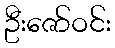
ဦးဇော်ဝင်း